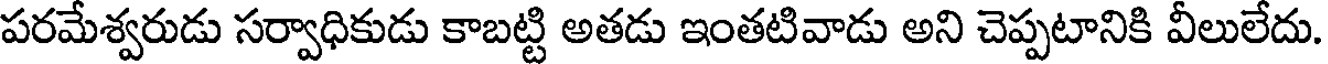
పరమేశ్వరుడు సర్వాధికుడు కాబట్టి అతడు ఇంతటివాడు అని చెప్పటానికి వీలులేదు.